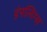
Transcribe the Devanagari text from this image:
डंपलिंग्स